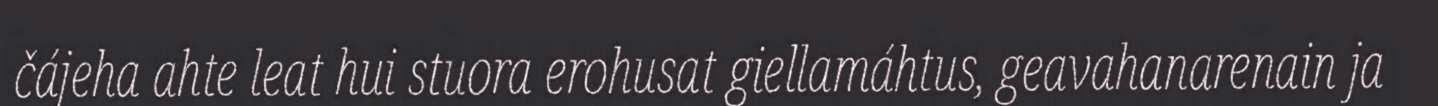
čájeha ahte leat hui stuora erohusat giellamáhtus, geavahanarenain ja